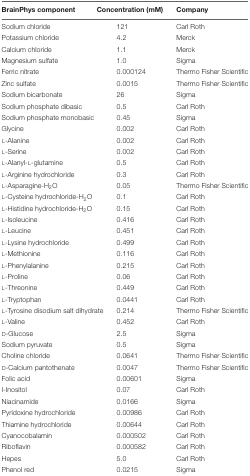
<table><thead><tr><td><b>BrainPhys component</b></td><td><b>Concentration (mM)</b></td><td><b>Company</b></td></tr></thead><tbody><tr><td>Sodium chloride</td><td>121</td><td>Carl Roth</td></tr><tr><td>Potassium chloride</td><td>4.2</td><td>Merck</td></tr><tr><td>Calcium chloride</td><td>1.1</td><td>Merck</td></tr><tr><td>Magnesium sulfate</td><td>1.0</td><td>Sigma</td></tr><tr><td>Ferric nitrate</td><td>0.000124</td><td>Thermo Fisher Scientific</td></tr><tr><td>Zinc sulfate</td><td>0.0015</td><td>Thermo Fisher Scientific</td></tr><tr><td>Sodium bicarbonate</td><td>26</td><td>Sigma</td></tr><tr><td>Sodium phosphate dibasic</td><td>0.5</td><td>Carl Roth</td></tr><tr><td>Sodium phosphate monobasic</td><td>0.45</td><td>Sigma</td></tr><tr><td>Glycine</td><td>0.002</td><td>Carl Roth</td></tr><tr><td>L-Alanine</td><td>0.002</td><td>Carl Roth</td></tr><tr><td>L-Serine</td><td>0.002</td><td>Carl Roth</td></tr><tr><td>L-Alanyl-L-glutamine</td><td>0.5</td><td>Carl Roth</td></tr><tr><td>L-Arginine hydrochloride</td><td>0.3</td><td>Carl Roth</td></tr><tr><td>L-Asparagine-H<sub>2</sub>O</td><td>0.05</td><td>Thermo Fisher Scientific</td></tr><tr><td>L-Cysteine hydrochloride-H<sub>2</sub>O</td><td>0.1</td><td>Carl Roth</td></tr><tr><td>L-Histidine hydrochloride-H<sub>2</sub>O</td><td>0.15</td><td>Carl Roth</td></tr><tr><td>L-Isoleucine</td><td>0.416</td><td>Carl Roth</td></tr><tr><td>L-Leucine</td><td>0.451</td><td>Carl Roth</td></tr><tr><td>L-Lysine hydrochloride</td><td>0.499</td><td>Carl Roth</td></tr><tr><td>L-Methionine</td><td>0.116</td><td>Carl Roth</td></tr><tr><td>L-Phenylalanine</td><td>0.215</td><td>Carl Roth</td></tr><tr><td>L-Proline</td><td>0.06</td><td>Carl Roth</td></tr><tr><td>L-Threonine</td><td>0.449</td><td>Carl Roth</td></tr><tr><td>L-Tryptophan</td><td>0.0441</td><td>Carl Roth</td></tr><tr><td>L-Tyrosine disodium salt dihydrate</td><td>0.214</td><td>Thermo Fisher Scientific</td></tr><tr><td>L-Valine</td><td>0.452</td><td>Carl Roth</td></tr><tr><td>D-Glucose</td><td>2.5</td><td>Sigma</td></tr><tr><td>Sodium pyruvate</td><td>0.5</td><td>Sigma</td></tr><tr><td>Choline chloride</td><td>0.0641</td><td>Thermo Fisher Scientific</td></tr><tr><td>D-Calcium pantothenate</td><td>0.0047</td><td>Thermo Fisher Scientific</td></tr><tr><td>Folic acid</td><td>0.00601</td><td>Sigma</td></tr><tr><td>I-Inositol</td><td>0.07</td><td>Carl Roth</td></tr><tr><td>Niacinamide</td><td>0.0166</td><td>Sigma</td></tr><tr><td>Pyridoxine hydrochloride</td><td>0.00986</td><td>Carl Roth</td></tr><tr><td>Thiamine hydrochloride</td><td>0.00644</td><td>Carl Roth</td></tr><tr><td>Cyanocobalamin</td><td>0.000502</td><td>Carl Roth</td></tr><tr><td>Riboflavin</td><td>0.000582</td><td>Carl Roth</td></tr><tr><td>Hepes</td><td>5.0</td><td>Carl Roth</td></tr><tr><td>Phenol red</td><td>0.0215</td><td>Sigma</td></tr></tbody></table>